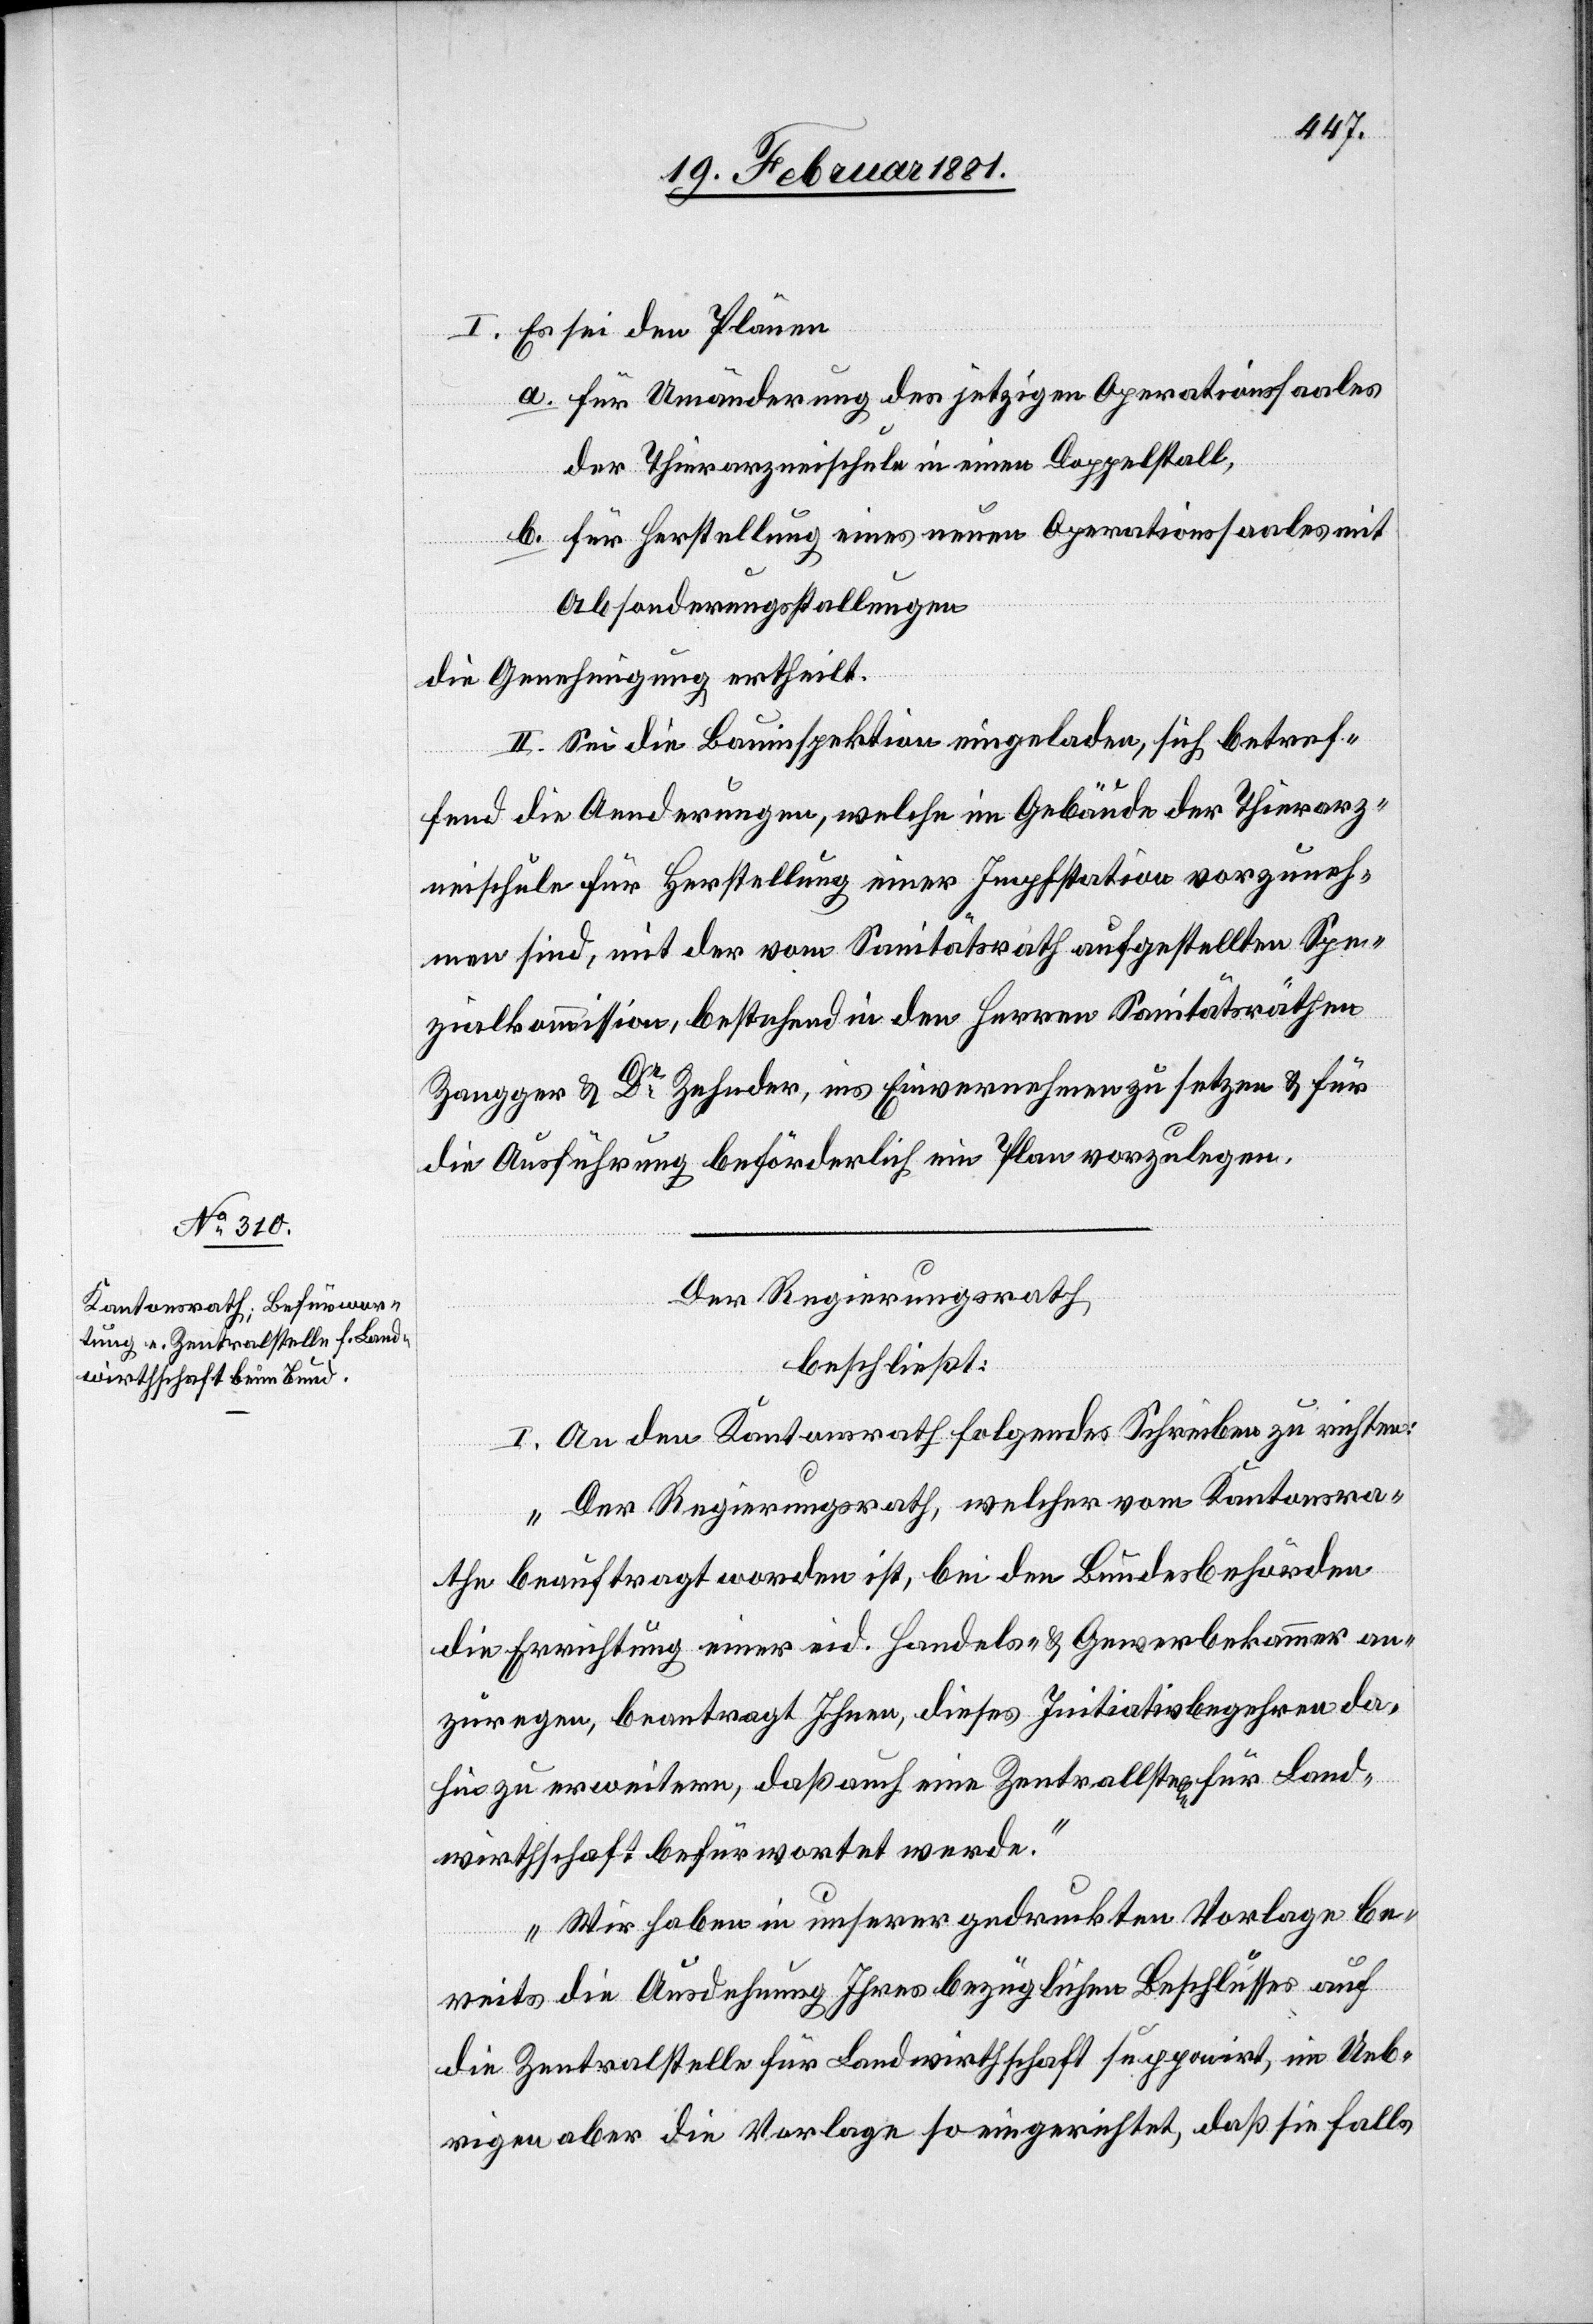
wirthschaft supponirt,

I. Es sei den Plänen
a. für Umänderung der jetzigen Operationssaales
der Thierarzneischule in einen Doppelstall,
b. für Herstellung eines neuen Operationssaales mit
Absonderungsstallungen
die Genehmigung ertheilt.
II. Sei die Bauinspektion eingeladen, sich betref¬
fend die Aenderungen, welche im Gebäude der Thierarz¬
neischule für Herstellung einer Impfstation vorzuneh¬
men sind, mit der vom Sanitätsrath aufgestellten Spe¬
zialkommission, bestehend in den Herren Sanitätsräthen
Zangger & Dr Zehnder, ins Einvernehmen zu setzen & für
die Ausführung beförderlich ein Plan vorzulegen.
Der Regierungsrath,
beschließt:
I. An den Kantonsrath folgendes Schreiben zu richten:
„Der Regierungsrath, welcher vom Kantonsra¬
the beauftragt worden ist, bei den Bundesbehörden
die Errichtung einer eid. Handels- & Gewerbekammer an¬
zuregen, beantragt Ihnen, dieses Initiativbegehren da¬
hin zu erweitern, daß auch eine Zentralstelle für Land¬
Uebrigen aber die Vorlage so eingerichtet, daß sie falls